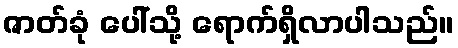
ဇာတ်ခုံ ပေါ်သို့ ရောက်ရှိလာပါသည်။